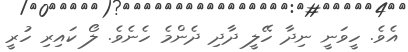
އެވެ. ހީވަނީ ނިދާ ހޭލީ ދާދި ދެންމެ ހެނެވެ. ލޯ ކައިރި ހުރީ